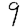
Digit: 9